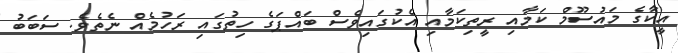
އީކާގެ މައުސޫމް ކަމާއި ރީތިކަމާއި އެކުގައިވެސް ބައްޕަގެ ހިތުގައި ރަހުމެއް ނެތެވެ. ސަބަބު